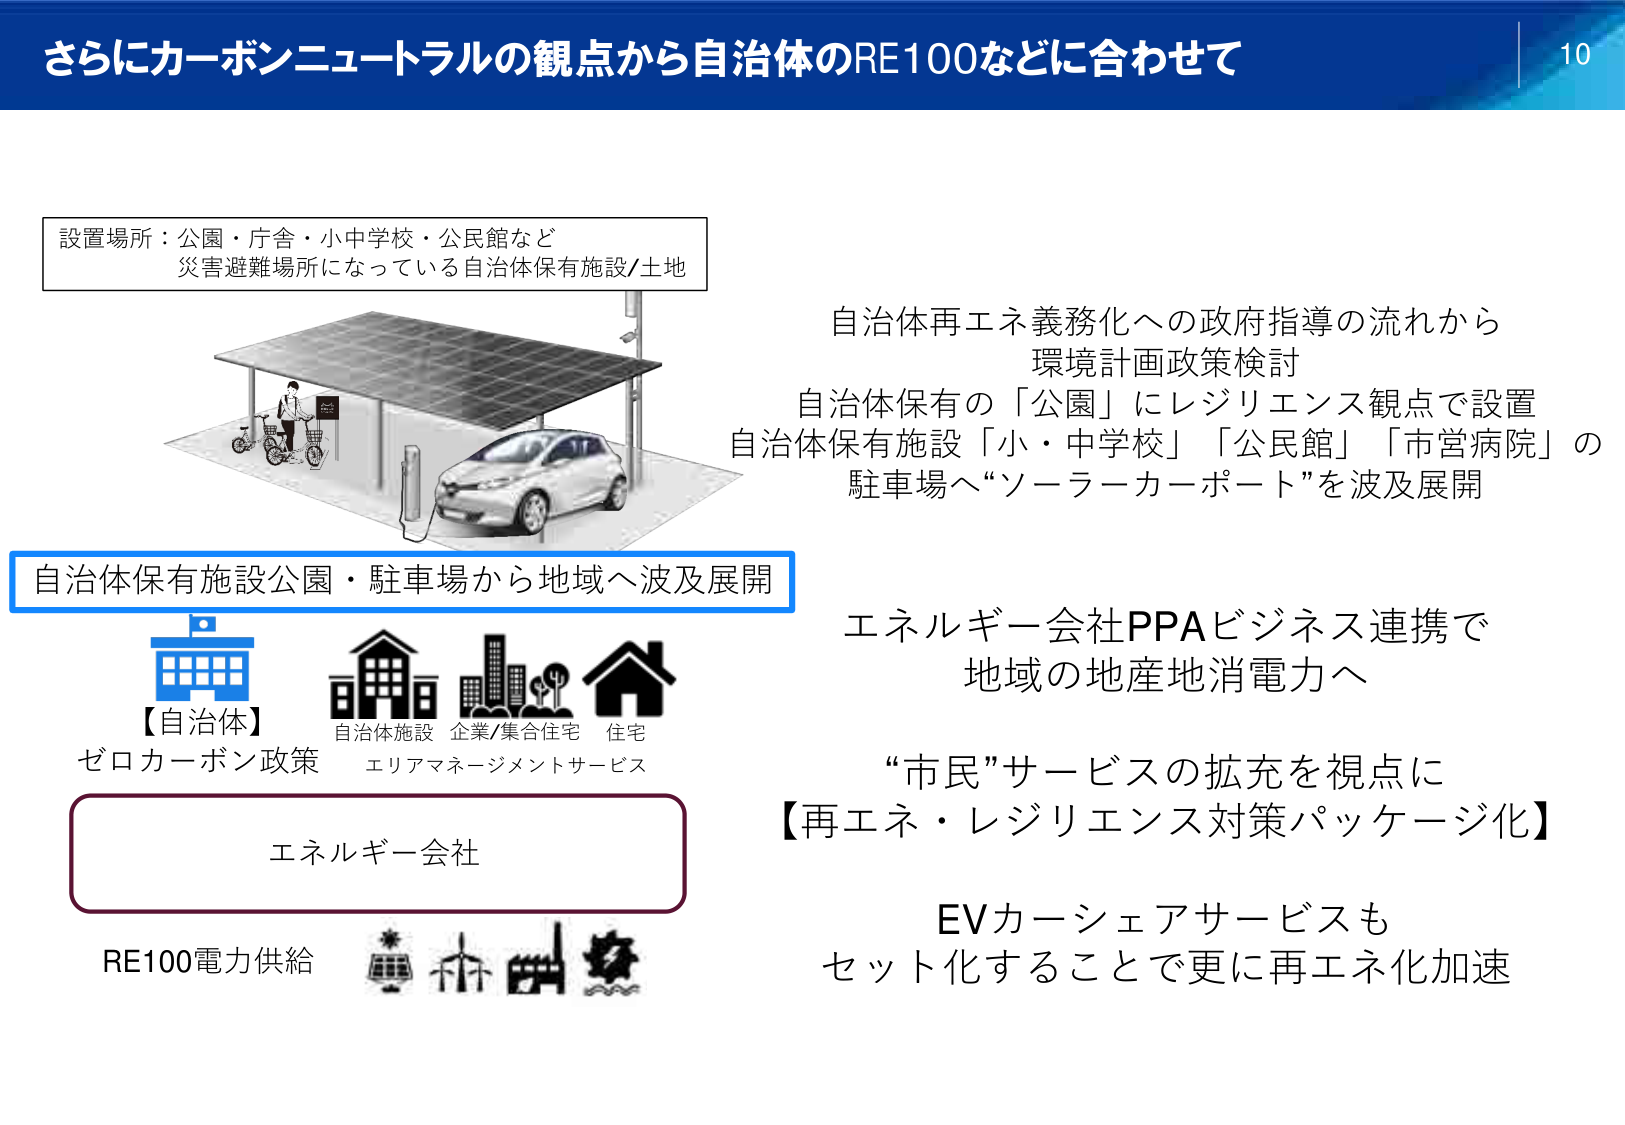
さらにカーボンニュートラルの観点から自治体のRE100などに合わせて

設置場所：公園・庁舎・小中学校・公民館など
災害避難場所になっている自治体保有施設/土地

自治体再エネ義務化への政府指導の流れから
環境計画政策検討
自治体保有の「公園」にレジリエンス観点で設置
自治体保有施設「小・中学校」「公民館」「市営病院」の
駐車場へ“ソーラーカーポート”を波及展開

自治体保有施設公園・駐車場から地域へ波及展開

【自治体】
ゼロカーボン政策
自治体施設 企業/集合住宅 住宅
エリアマネージメントサービス

エネルギー会社
RE100電力供給

エネルギー会社PPAビジネス連携で
地域の地産地消電力へ

“市民”サービスの拡充を視点に
【再エネ・レジリエンス対策パッケージ化】

EVカーシェアサービスも
セット化することで更に再エネ化加速

10